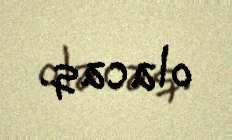
olacaq.